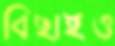
বিছাইও